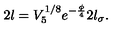
2 l = V _ { 5 } ^ { 1 / 8 } e ^ { - \frac { \phi } { 4 } } 2 l _ { \sigma } .